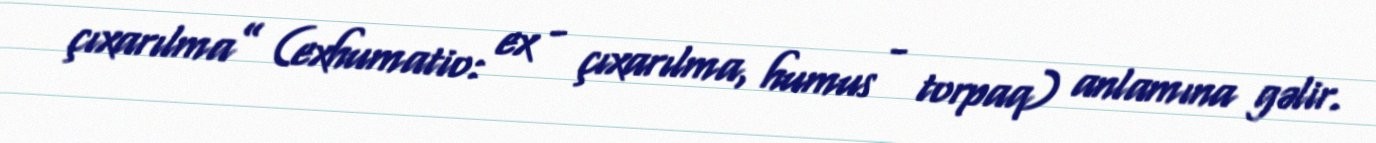
çıxarılma” (exhumatio: ex - çıxarılma, humus - torpaq) anlamına gəlir.